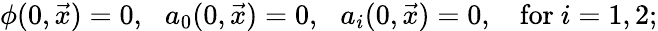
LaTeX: \phi(0,\vec{x})=0,\: \: \: a_{0}(0,\vec{x})=0,\: \: \: a_{i}(0,\vec{x})=0,\: \: \: \mathrm{~for~}i=1,2;